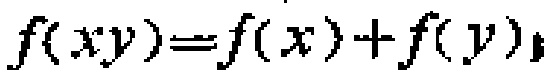
\(f(xy)=f(x)+f(y)\)